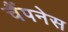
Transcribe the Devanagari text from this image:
चैंपनेस